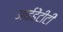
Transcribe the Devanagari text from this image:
आईडेंटीटी